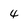
Character: 4